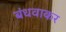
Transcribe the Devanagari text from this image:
बंधवाकर